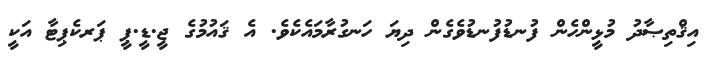
އިޤްތިޞާދު މުޅީންހެން ފުނޑުފުނޑުވެގެން ދިޔަ ހަނގުރާމައެކެވެ. އެ ޤައުމުގެ ޖީ.ޑީ.ޕީ ޕަރކެޕިޓާ އަކީ